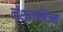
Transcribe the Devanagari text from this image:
नेशनलिज्म